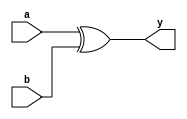
`timescale 1ns / 1ps
//////////////////////////////////////////////////////////////////////////////////
// Company: 
// Engineer: 
// 
// Design Name: 
// Module Name: XorGate
// Project Name: 
// Target Devices: 
// Tool Versions: 
// Description: 
// 
// Dependencies: 
// 
// Revision:
// Revision 0.01 - File Created
// Additional Comments:
// 
//////////////////////////////////////////////////////////////////////////////////


module XorGate(input a,b,output y);
    assign y = a^b;
endmodule